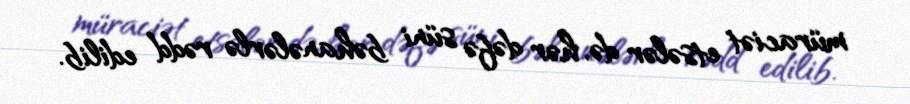
müraciət etsələr də, hər dəfə süni bəhanələrlə rədd edilib.